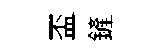
盃鏟